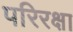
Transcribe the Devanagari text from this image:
परिरक्षा